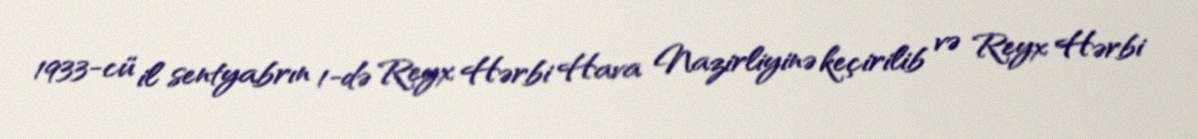
1933-cü il sentyabrın 1-də Reyx Hərbi Hava Nazirliyinə keçirilib və Reyx Hərbi